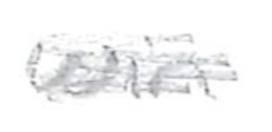
Text: win
Cross-out: scratch
Writing tool: pencil